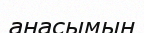
анасымын